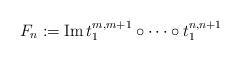
LaTeX: \begin{align*}F_n := \operatorname{Im} t_1^{m,m+1} \circ \dots \circ t_1^{n,n+1}\end{align*}